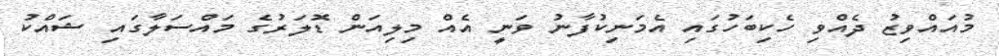
މުއައްވިޒު ދެއްވި ހެކިބަހުގައި އެމަނިކުފާނު ވަނީ އެއް މިލިއަން ޑޮލަރުގެ މައްސަލާގައި ޝައްކު